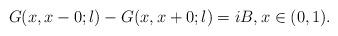
LaTeX: \begin{align*} G(x,x-0;\l) - G(x,x+0;\l) = i B, x \in (0,1).\end{align*}